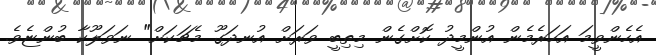
އެހެންވީމަ އަހަރެމެން އުންމީދު ކޮށްގެން މިތިބީ ވަރަށް އުނދަގޫ މެޗަކަށް" ނަވަލޫކާ ބުންޏެވެ.